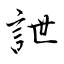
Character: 詍